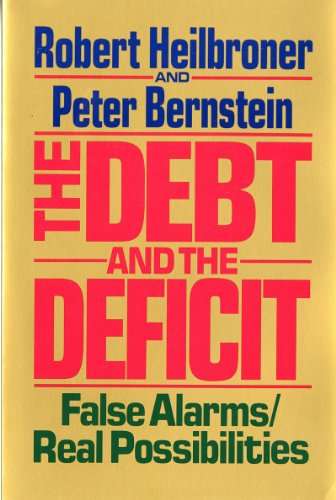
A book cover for The Debt and the Deficit: False Alarms/Real Possibilities; Robert L. Heilbroner; Business & Money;